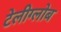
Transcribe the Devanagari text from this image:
टेलीग्लोब